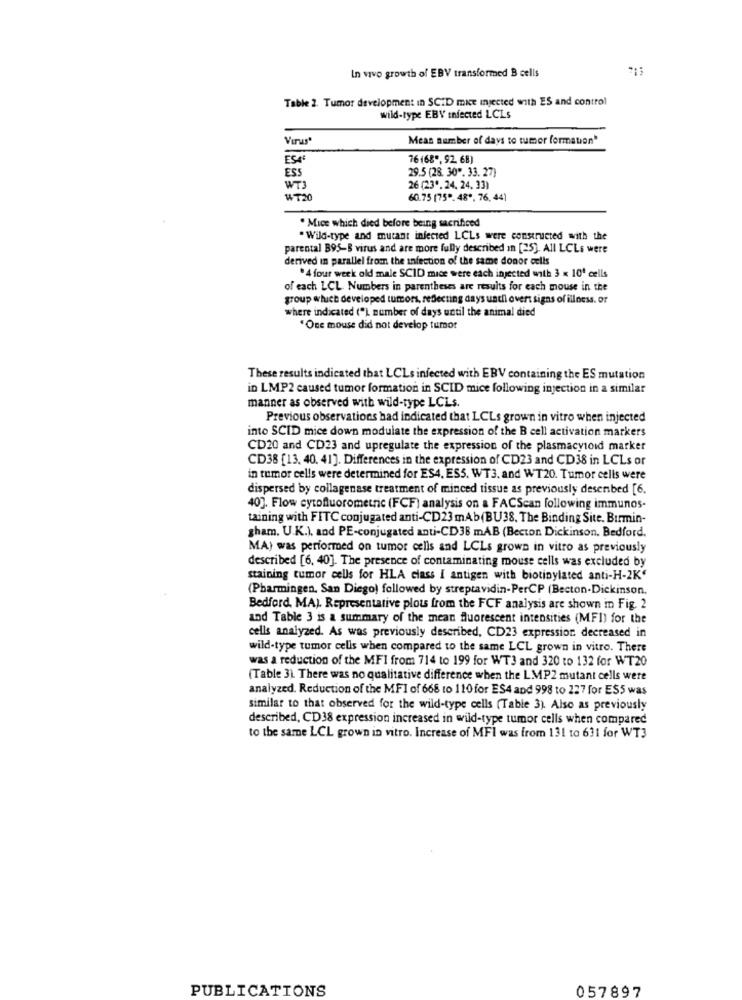
In vivo growth of EBV transformed B cells
Table 2. Tumor development in SCID mice injected with ES and control
wild-type EBV infected LCLs
Virus
Mean number of days to tumor formation"
ESA
76(68", 92 68)
ESS
29.5 (28. 30". 33. 27)
WTJ
26 (23".24, 24. 33)
60.75 (75".48". 76, 44)
. Mice which died before being sacrificed
" Wild-type and mutant infected LCLs were constructed with the
parental B95-8 virus and are more fully described in [25]. All LCLs were
derived in parallel from the infection of the same donor cells
.4 four week old male SCID mice were each injected with 3 x 10' cells
of each LCL Numbers in parentheses are results for each mouse in the
group which developed tumors, reflecting days until overt signs of illness. or
where indicated (") number of days until the animal died
" One mouse did not develop tumor
These results indicated that LCLs infected with EBV containing the ES mutation
in LMP2 caused tumor formation in SCID mice following injection in a similar
manner as observed with wild-type LCLs.
Previous observations had indicated that LCLs grown in vitro when injected
into SCID mice down modulate the expression of the B cell activation markers
CD20 and CD23 and upregulate the expression of the plasmacysold marker
CD38 [13. 40. 41]. Differences in the expression of CD23 and CD38 in LCLs or
in tumor cells were determined for ES4, ES5. WT3. and WT20. Tumor cells were
dispersed by collagenase treatment of minced tissue as previously desenbed [6.
40]. Flow cytofluorometric (FCF) analysis on a FACScan following immunos-
taining with FITC conjugated anti-CD23 mAb(BU38. The Binding Site. Burmin-
gham. U.K.). and PE-conjugated anti-CD38 mAB (Becton Dickinson. Bedford.
MA) was performed on tumor cells and LCLs grown in vitro as previously
described [6, 40]. The presence of contaminating mouse cells was excluded by
staining tumor cells for HLA ciass I antigen with biotinylated anti-H-2K'
(Pharmingen. San Diego) followed by streptavidin-PerCP (Becton-Dickinson.
Bedford, MAJ. Representative plots from the FCF analysis are shown in Fig. 2
and Table 3 is a summary of the mean fluorescent intensities (MFI) for the
cells analyzed. As was previously described, CD23 expression decreased in
wild-type tumor cells when compared to the same LCL grown in vitro. There
was a reduction of the MFI from 714 to 199 for WT3 and 320 to 132 for WT20
(Table 3) There was no qualitative difference when the LMP2 mutant cells were
analyzed. Reduction of the MFI of 668 to 110 for ES4 and 998 to 227 for ES5 was
similar to that observed for the wild-type cells (Table 3). Also as previously
described, CD38 expression increased in wild-type tumor cells when compared
to the same LCL grown in vitro. Increase of MFI was from 131 to 631 for WT3
PUBLICATIONS
057897